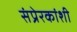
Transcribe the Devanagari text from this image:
संप्रेरकांशी